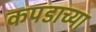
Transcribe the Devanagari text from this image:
कपडाच्या